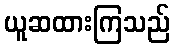
ယူဆထားကြသည်